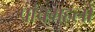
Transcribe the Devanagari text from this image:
पांचमहलों